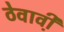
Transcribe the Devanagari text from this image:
ठेवावी़